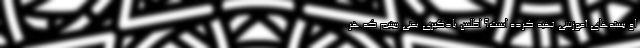
او بسته‌های آموزشی تهیه کرده است؟ اطلس یادگیری یعنی ببینیم که هر